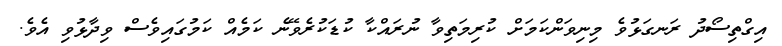
އިގްތިސޯދު ރަނގަޅުވެ މިނިވަންކަމަށް ކުރިމަތިވާ ނުރައްކާ ކުޑަކުރެވޭނެ ކަމެއް ކަމުގައިވެސް ވިދާޅުވި އެވެ.